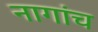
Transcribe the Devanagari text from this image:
नागांच